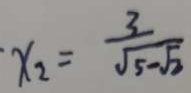
. x _ { 2 } = \frac { 3 } { \sqrt { 5 - \sqrt { 2 } } }